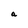
Character: a